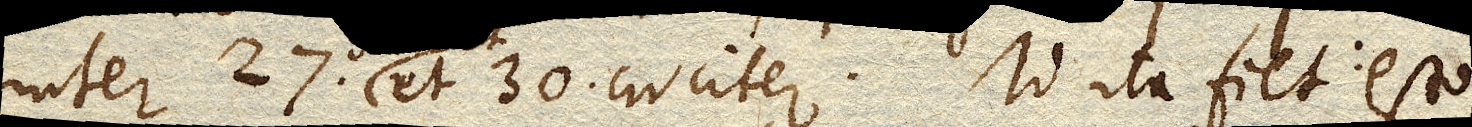
inter 27. et 30. circiter. Id ita fiet: esto